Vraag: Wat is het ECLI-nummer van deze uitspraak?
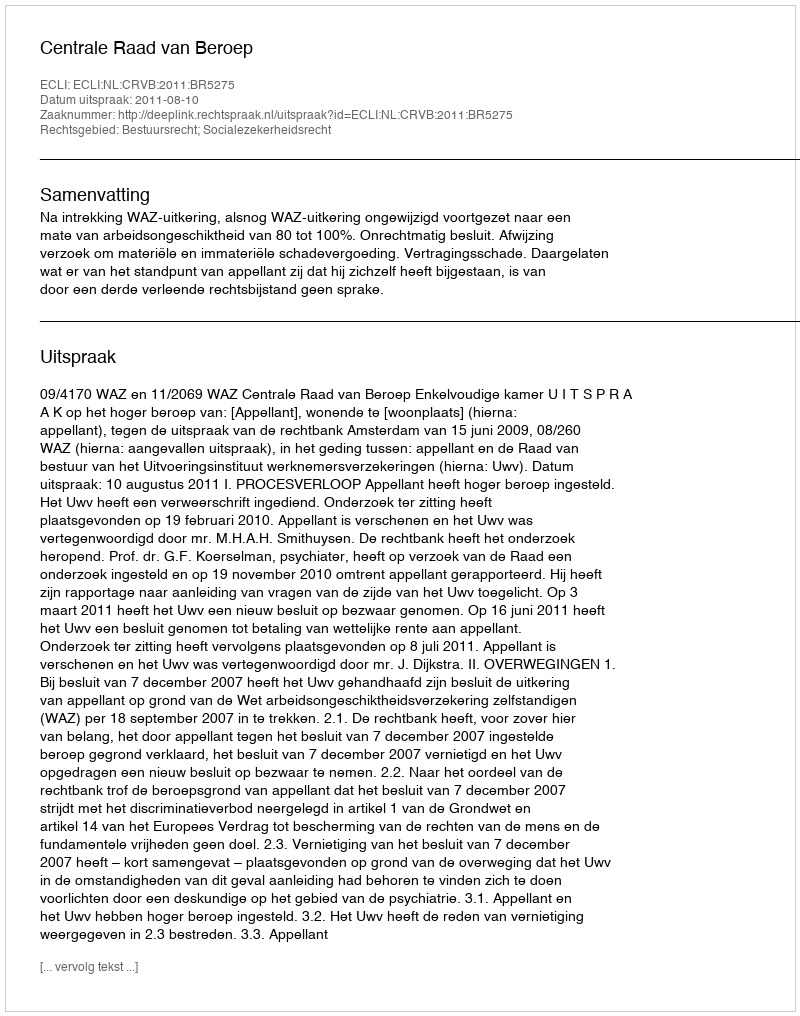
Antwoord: ECLI:NL:CRVB:2011:BR5275